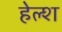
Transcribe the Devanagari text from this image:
हेल्श